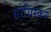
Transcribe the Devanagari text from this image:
सोयिस्कर